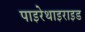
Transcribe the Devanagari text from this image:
पाइरेथाइराइड